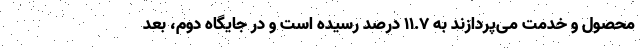
محصول و خدمت می‌پردازند به ۱۱.۷ درصد رسیده است و در جایگاه دوم، بعد